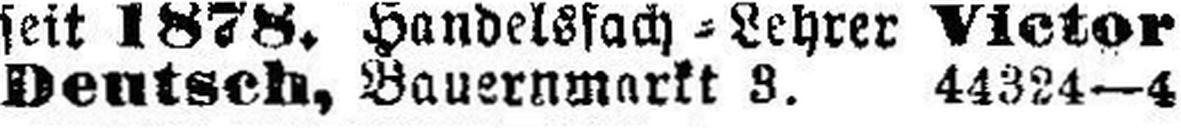
Deutsch, Bauernmarkt 3. 44324—4